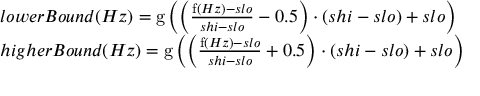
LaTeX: \begin{array} { l c l } { l o w e r B o u n d ( H z ) = \operatorname { g } \left( \left( { \frac { \operatorname { f } ( H z ) - s l o } { s h i - s l o } } - 0 . 5 \right) \cdot \left( s h i - s l o \right) + s l o \right) } \\ { h i g h e r B o u n d ( H z ) = \operatorname { g } \left( \left( { \frac { \operatorname { f } ( H z ) - s l o } { s h i - s l o } } + 0 . 5 \right) \cdot \left( s h i - s l o \right) + s l o \right) } \end{array}